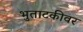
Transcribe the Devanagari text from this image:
भुताटकीवर